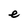
Character: e